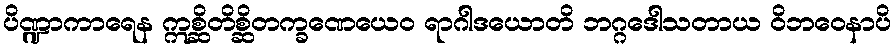
ပိဏ္ဍာကာရေန ဣစ္ဆိတိစ္ဆိတက္ခဏေယေဝ ရာဂါဒယောတိ ဘဂ္ဂဒေါသတာယ ဝိဘဝေနာပိ